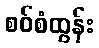
စဝ်စံထွန်း